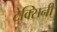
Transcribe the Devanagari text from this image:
टेक्सिनी